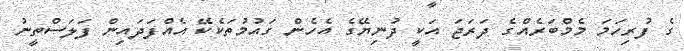
ގެ ފުރިހަމަ މެމްބަރެއްގެ ދަރަޖަ އަކީ ދުނިޔޭގެ އެހެން ގައުމުތަކެކޭ އެއްފަދައިން ފަލަސްތީނު